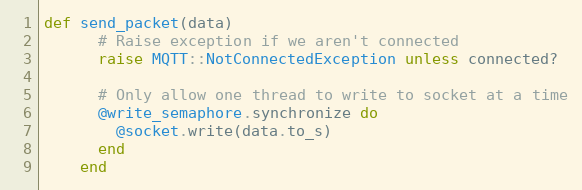
Language: Ruby
def send_packet(data)
      # Raise exception if we aren't connected
      raise MQTT::NotConnectedException unless connected?

      # Only allow one thread to write to socket at a time
      @write_semaphore.synchronize do
        @socket.write(data.to_s)
      end
    end